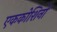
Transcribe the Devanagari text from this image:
एककोशिनों